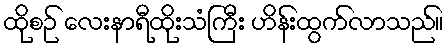
ထိုစဉ် လေးနာရီထိုးသံကြီး ဟိန်းထွက်လာသည်။